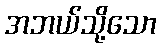
အဘယ်သို့သော